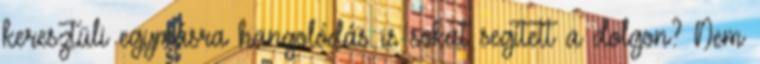
keresztüli egymásra hangolódás is sokat segített a dolgon? Nem